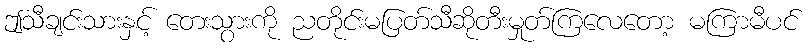
ဤသီချင်းသားနှင့် တေးသွားကို ညတိုင်းမပြတ်သီဆိုတီးမှုတ်ကြလေတော့ မကြာမီပင်